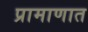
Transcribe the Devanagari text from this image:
प्रामाणात